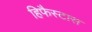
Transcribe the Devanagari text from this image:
हिफैस्टास